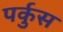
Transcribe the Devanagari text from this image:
पर्कुस